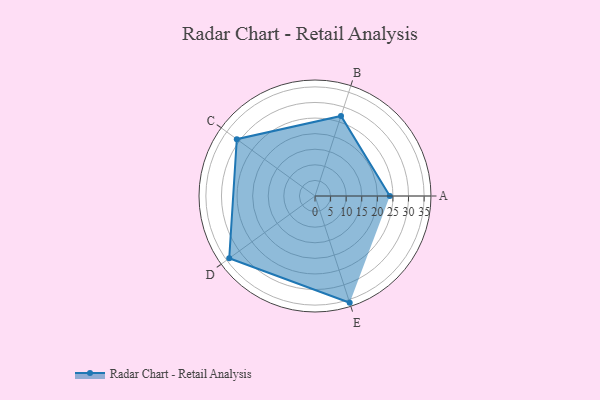
{"axis": {"x": "Skill", "y": "Score"}, "legend": ["Profile"], "data": [{"x": "A", "y": 24.0, "type": "Profile"}, {"x": "B", "y": 27.0, "type": "Profile"}, {"x": "C", "y": 31.0, "type": "Profile"}, {"x": "D", "y": 34.0, "type": "Profile"}, {"x": "E", "y": 36.0, "type": "Profile"}]}